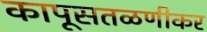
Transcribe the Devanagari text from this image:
कापूसतळणीकर